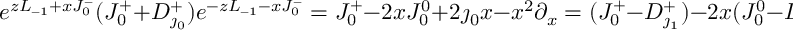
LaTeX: e ^ { z L _ { - 1 } + x J _ { 0 } ^ { - } } ( J _ { 0 } ^ { + } + D _ { \jmath _ { 0 } } ^ { + } ) e ^ { - z L _ { - 1 } - x J _ { 0 } ^ { - } } = J _ { 0 } ^ { + } - 2 x J _ { 0 } ^ { 0 } + 2 \jmath _ { 0 } x - x ^ { 2 } \partial _ { x } = ( J _ { 0 } ^ { + } - D _ { \jmath _ { 1 } } ^ { + } ) - 2 x ( J _ { 0 } ^ { 0 } - D _ { \jmath _ { 1 } } ^ { 0 } - \jmath _ { 0 } )